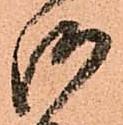
御